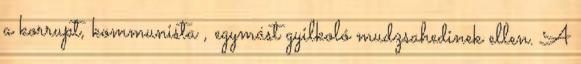
a korrupt, kommunista , egymást gyilkoló mudzsahedinek ellen. A